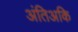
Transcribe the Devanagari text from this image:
अंतिअकि